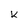
Character: k